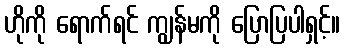
ဟိုကို ရောက်ရင် ကျွန်မကို ပြောပြပါရှင့်။